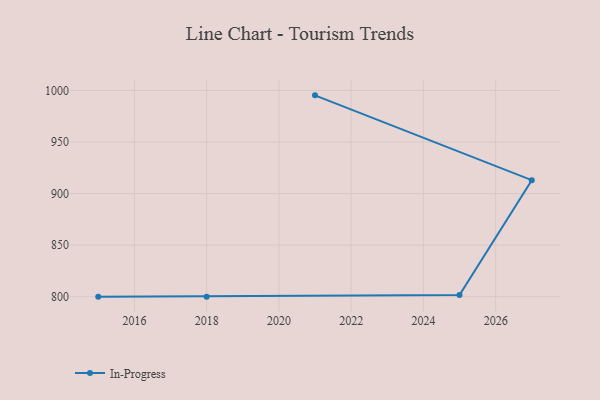
{"axis": {"x": "Year", "y": "Waste Production (Tons)"}, "legend": ["In-Progress"], "data": [{"x": "2021", "y": 995.3, "type": "In-Progress"}, {"x": "2027", "y": 913.0, "type": "In-Progress"}, {"x": "2025", "y": 801.6, "type": "In-Progress"}, {"x": "2018", "y": 800, "type": "In-Progress"}, {"x": "2015", "y": 800, "type": "In-Progress"}]}